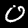
Label: 0